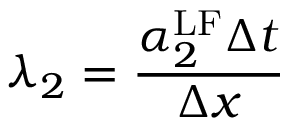
\lambda _ { 2 } = \frac { \alpha _ { 2 } ^ { \mathrm { { L F } } } \Delta t } { \Delta x }